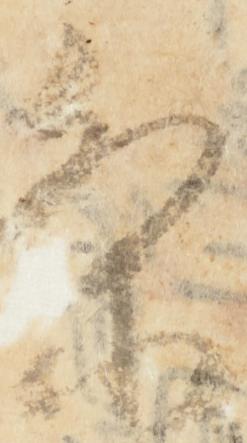
条